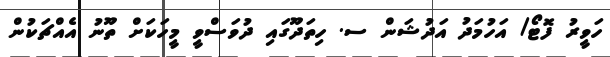
ހަވީރު ފޮޓޯ/ އަހުމަދު އަދުޝަން ސ. ހިތަދޫގައި ދުވަސްވީ މީހަކަށް ތޫނު އެއްޗަކުން